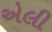
એલી